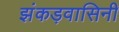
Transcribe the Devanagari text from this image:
झंकड़वासिनी